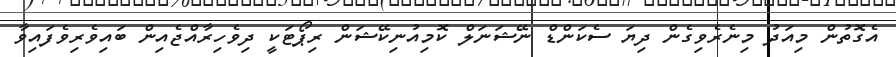
އެގޮތުން މިއަދު މިނެރެވިގެން ދިޔަ ސެކަންޑް ނޭޝަނަލް ކޮމިއުނިކޭޝަން ރިޕޯޓަކީ ދިވެހިރާއްޖެއިން ބައިވެރިވެފައިވާ